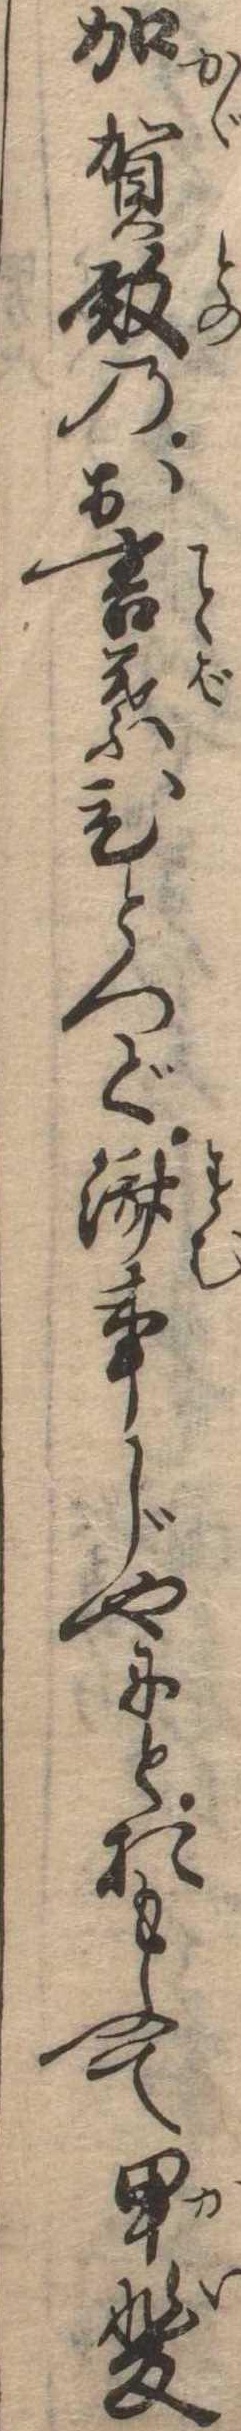
加賀殿のお言葉ひとつで済事じやにとおもふて甲斐